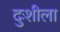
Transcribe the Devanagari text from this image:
दुःशीला